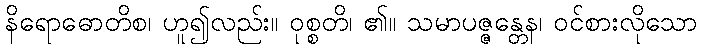
နိရောဓောတိစ၊ ဟူ၍လည်း။ ဝုစ္စတိ၊ ၏။ သမာပဇ္ဇန္တေန၊ ဝင်စားလိုသော